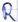
Text: R